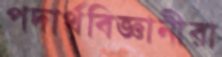
পদার্থবিজ্ঞানীরা